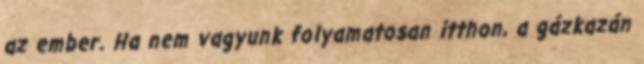
az ember. Ha nem vagyunk folyamatosan itthon, a gázkazán